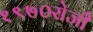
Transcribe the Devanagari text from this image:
१९७०रोजीे